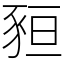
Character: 𧱂